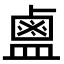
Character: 𪉟